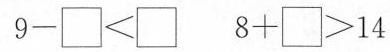
$$9 - \Box < \Box$$ $$8 + \Box > 1 4$$